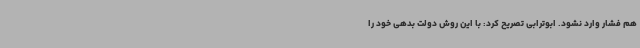
هم فشار وارد نشود. ابوترابی تصریح کرد: با این روش دولت بدهی خود را